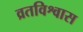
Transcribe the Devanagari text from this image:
व्रतविश्वास